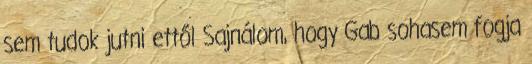
sem tudok jutni ettől Sajnálom, hogy Gab sohasem fogja